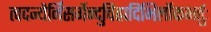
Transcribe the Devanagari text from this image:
त्वदन्यैर्निसर्गेन्दुचिह्नादिभिर्लोकभर्तुः